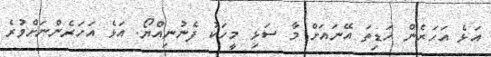
އަޅެ އަހަރެން ހަޑިތަ އޭނައަށް މާ ސަޅި މީހަކު ފެނުނިއްޔޯ. އަޅެ އަހަރެންނަށްވުރެ